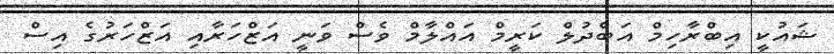
ޝައުކީ އިބްރާހިމް އަބްދުލް ކަރީމް އައްލާމް ވެސް ވަނީ އަޒްހަރާއި އަޒްހަރުގެ އިސް